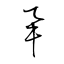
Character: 舉